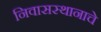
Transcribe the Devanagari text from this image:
निवासस्थानाचे